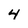
Character: 4